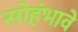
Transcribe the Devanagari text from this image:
सोहंभावे